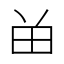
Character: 𬎿